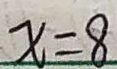
x = 8